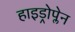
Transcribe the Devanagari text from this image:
हाइड्रोप्लेन